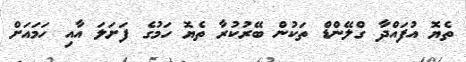
ތެޔޮ އުފައްދާ ގްލޭންޑް ތަކުން ބޭރުކުރާ ތެޔޮ ހަމުގެ ފަށަލަ އާއި ހަމައަށް